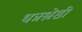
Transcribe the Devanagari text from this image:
धन्नश्रेष्ठी